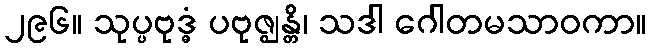
၂၉၆။ သုပ္ပဗုဒ္ဓံ ပဗုဇ္ဈန္တိ၊ သဒါ ဂေါတမသာဝကာ။